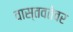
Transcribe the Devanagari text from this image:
वास्तवतेवर